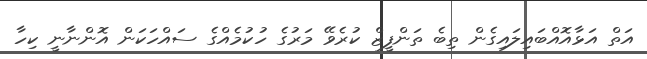
އަތް އަޅާއޮއްބައިލައިގެން ތިބެ ތަންފީޒް ކުރެވޭ މަރުގެ ހުކުމެއްގެ ސައްހަކަން އޮންނާނީ ކިހާ